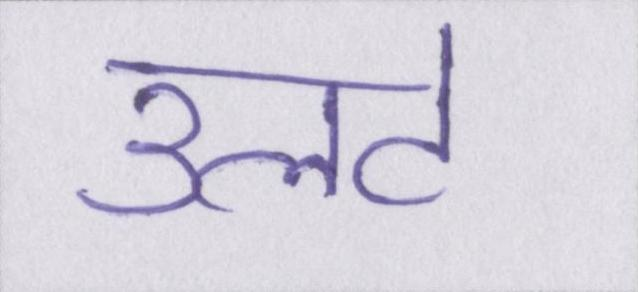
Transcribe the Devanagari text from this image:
उलटे